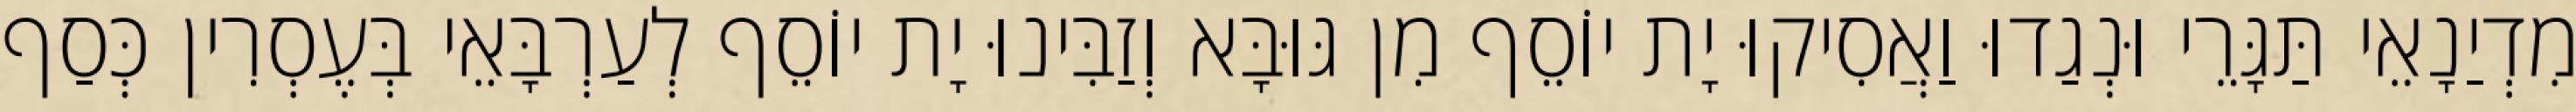
מִדְיַנָאֵי תַּגָּרֵי וּנְגַדוּ וַאֲסִיקוּ יָת יוֹסֵף מִן גּוּבָּא וְזַבִּינוּ יָת יוֹסֵף לְעַרְבָּאֵי בְּעֶסְרִין כְּסַף